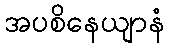
အပစိနေယျာနံ